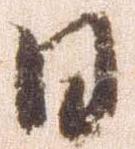
日